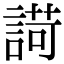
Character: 𧪆